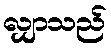
လျှာသည်